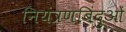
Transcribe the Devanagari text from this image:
नियंत्रणबिंदुओं